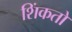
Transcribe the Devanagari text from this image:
शिंकतो